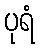
ပုရံ